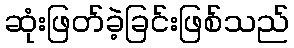
ဆုံးဖြတ်ခဲ့ခြင်းဖြစ်သည်